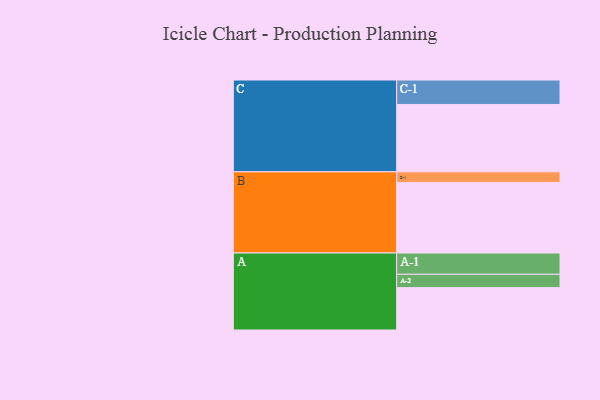
{"axis": {"x": "Segment", "y": "Value"}, "legend": ["", "A", "B", "C"], "data": [{"x": "A", "y": 343, "type": ""}, {"x": "B", "y": 571, "type": ""}, {"x": "C", "y": 545, "type": ""}, {"x": "A-1", "y": 172, "type": "A"}, {"x": "A-2", "y": 108, "type": "A"}, {"x": "B-1", "y": 86, "type": "B"}, {"x": "C-1", "y": 198, "type": "C"}]}